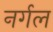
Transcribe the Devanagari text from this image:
नर्गल